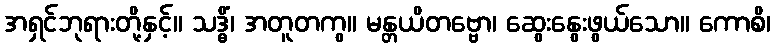
အရှင်ဘုရားတို့နှင့်။ သဒ္ဓိံ၊ အတူတကွ။ မန္တယိတဗ္ဗော၊ ဆွေးနွေးဖွယ်သော။ ကောစိ၊